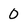
Character: 0